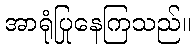
အာရုံပြုနေကြသည်။